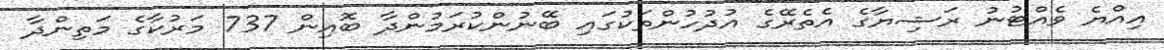
އިއްޔެ ވެއްޓުނު ރަޝިޔާގެ އެތެރޭގެ އުދުހުންތަކުގައި ބޭނުންކުރަމުންދާ ބޮއިން 737 މަރުކާގެ މަތިންދާ